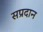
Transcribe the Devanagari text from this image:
सप्रदान